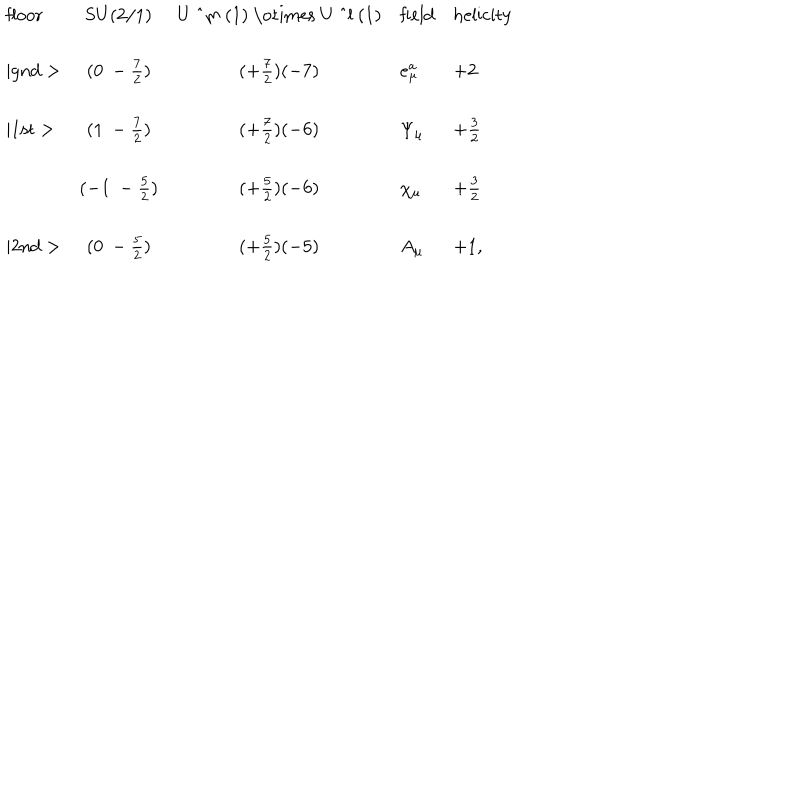
\begin{array} { l c c l l } { { \mathrm { f l o o r } } } & { { \mathrm { S U ( 2 / 1 ) } } } & { { \mathrm { U ~ ^ { m } ~ ( 1 ) ~ \otimes ~ U ~ ^ { l } ~ ( 1 ) } } } & { { \mathrm { f i e l d } } } & { { \mathrm { h e l i c i t y } } } \\ { { \mid \mathrm { g n d } > } } & { { ( 0 ~ - \frac { 7 } { 2 } ) } } & { { ( + \frac { 7 } { 2 } ) ( - 7 ) } } & { { e _ { \mu } ^ { a } } } & { { + 2 } } \\ { { \mid \mathrm { 1 s t } > } } & { { ( 1 ~ - \frac { 7 } { 2 } ) } } & { { ( + \frac { 7 } { 2 } ) ( - 6 ) } } & { { \Psi _ { \mu } } } & { { + \frac { 3 } { 2 } } } \\ { { } } & { { ( - 1 ~ - \frac { 5 } { 2 } ) } } & { { ( + \frac { 5 } { 2 } ) ( - 6 ) } } & { { \chi _ { \mu } } } & { { + \frac { 3 } { 2 } } } \\ { { \mid \mathrm { 2 n d } > } } & { { ( 0 ~ - \frac { 5 } { 2 } ) } } & { { ( + \frac { 5 } { 2 } ) ( - 5 ) } } & { { A _ { \mu } } } & { { + 1 , } } \\ \end{array}